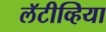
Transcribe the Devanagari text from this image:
लॅटीव्हिया